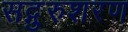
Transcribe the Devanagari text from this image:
सद्गुरुशरण